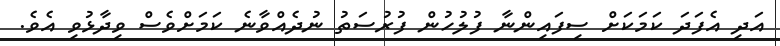
އަދި އެފަދަ ކަމަކަށް ސިފައިންނާ ފުލުހުން ފުރުސަތު ނުދެއްވާނެ ކަމަށްވެސް ވިދާޅުވި އެވެ.